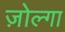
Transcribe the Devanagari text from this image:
ज़ोल्गा